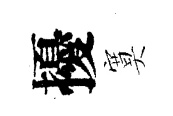
擾寞